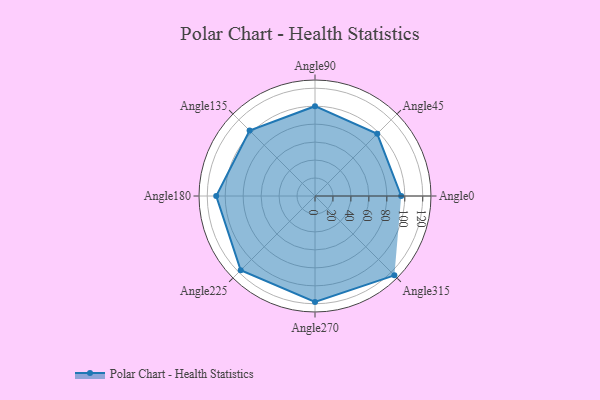
{"axis": {"x": "Angle", "y": "Radius"}, "legend": [""], "data": [{"x": "Angle0", "y": 96.0, "type": ""}, {"x": "Angle45", "y": 98.0, "type": ""}, {"x": "Angle90", "y": 100.0, "type": ""}, {"x": "Angle135", "y": 103.0, "type": ""}, {"x": "Angle180", "y": 110.0, "type": ""}, {"x": "Angle225", "y": 117.0, "type": ""}, {"x": "Angle270", "y": 118.0, "type": ""}, {"x": "Angle315", "y": 125.0, "type": ""}]}